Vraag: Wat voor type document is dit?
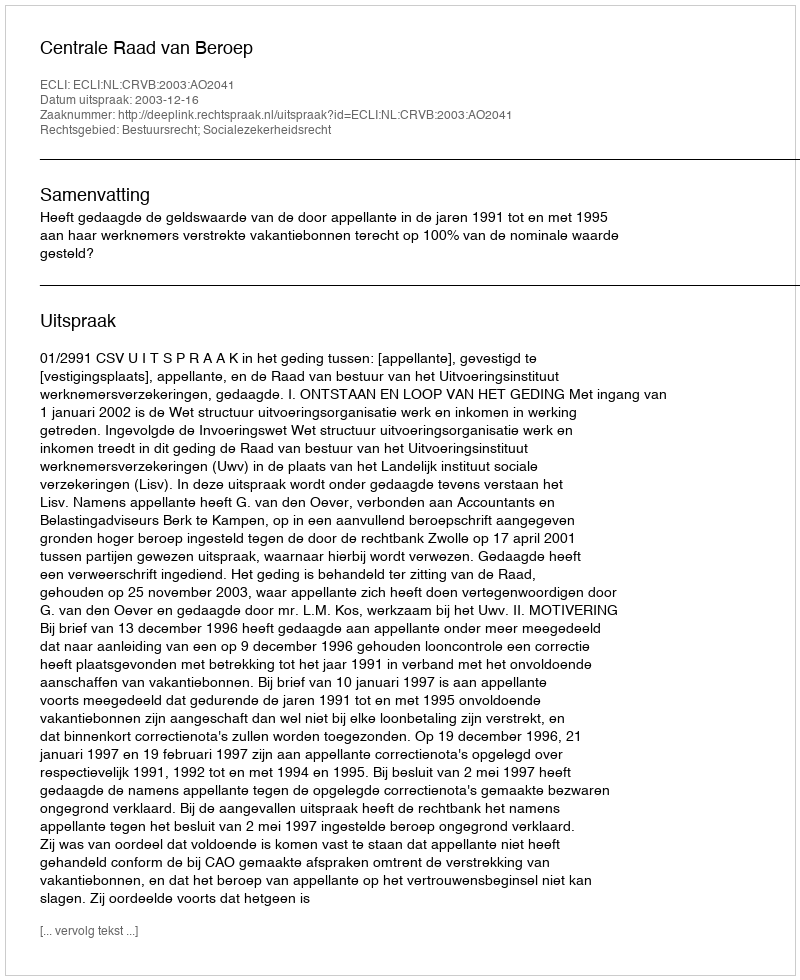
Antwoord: Uitspraak